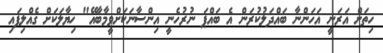
ހިތަށް އަރަނީ އަހަންނާ ބައްދަލުކުރަން އެ ބައްޕަ ނުރުހެނީ އިންސާނަކަށްވީމާބާއޭ" ޚިޔާލަކަށް ގެއްލިފައި